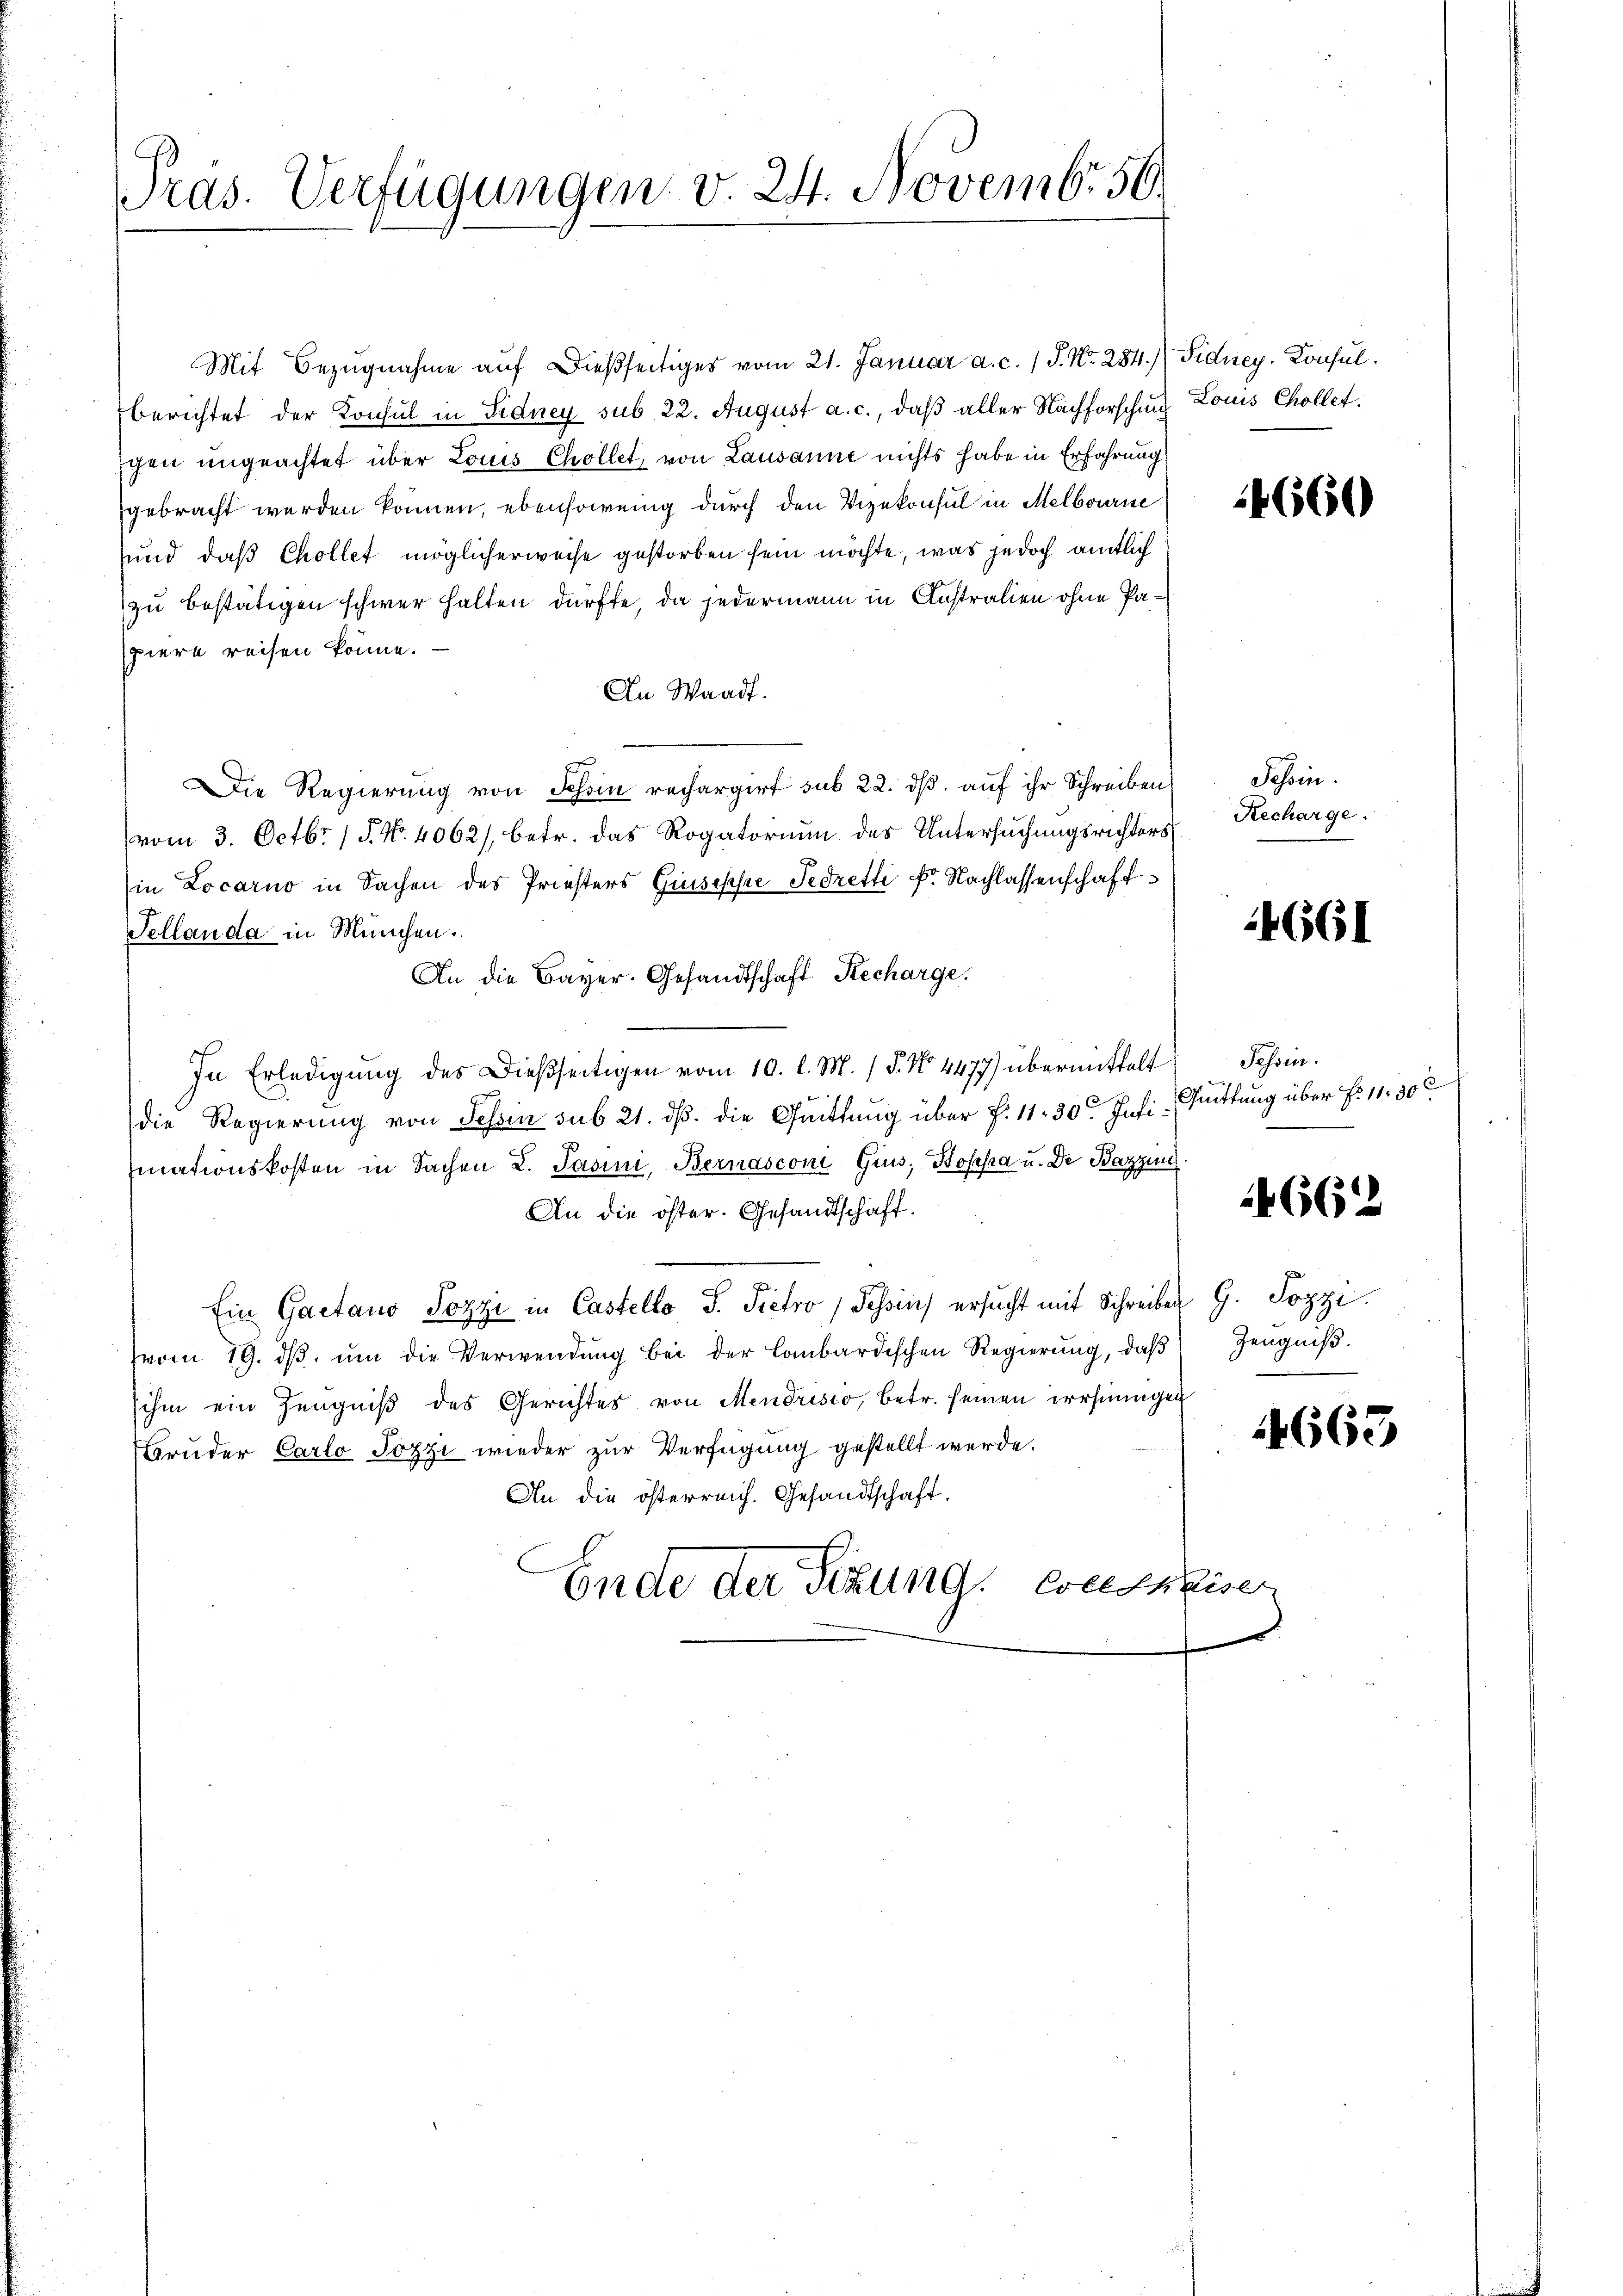
Präs. Verfügungen v. 24. Novembr 56.

Mit Bezugnahme auf dießseitiges vom 21. Januar a. c. 1 S. Nr. 284.) Fidney. Konsulberichtet der Konsul in Sidney sub 22. August a. c., daß aller Nachforschung Louis Chollet.
schen ungeachtet über Louis Chollet, von Lausanne nichts habe in Erfahrung
gebracht werden können, ebensowenig durch den Vizekonsul in Melbourne
und daß Chollet möglicherweise gestorben sein möchte, was jedoch amtlich
zu bestätigen schwer halten dürfte, da jedermann in Anstralien ohne Paspiere reisen könne.
An Waadt.
Die Regierung von Schein rechargirt sub 22. ds. auf ihr Schreiben
vom 3. Octbr. 1 S. Nr. 4062/, betr. das Rogatorium des Untersuchungsrichters
in Locarno in Sachen des Priesters Gruseppe Fedretti Dr. Nachlassenschaft
Tellanda in München.
An die Bayer. Gesandtschaft Recharge.
In Erledigŭng des dießseitigen vom 10. l. M. / 5. No. 4477) übermittelt Tessin.
die Regierung von Tessin sub 21. dß. die Quittung über f. 11. 30t Jusi-Quittung über f. 11. 30 x
mationskosten in Sachen L. Pasini, Bernasconi Gius, Kopha u. De Bazzing.
An die öster. Gesandtschaft.
Ein Gaetano Sozzi in Castello S. Pietro Tessin ersŭcht mit Schreiben G. Sozzi
vom 19. dβ. ŭm die Verwendung bei der lombardischen Regierung, daβ
ihm ein Zeŭgniβ des Gerichtes von Mendrisio, betr. seinen irrhiningen
Bruder Carlo Jozzi wieder zur Verfügung gestellt werde.
An die österreich. Gesandtschaft.
Ende der Sitzung, weiseiser

.

4660

Tessin.
Recharge.

4661

4662

Zeugniß.

1663